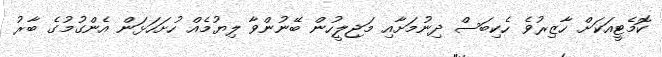
ކޮމެޓީއަކަށް ހާޒިރުވެ ހެކިބަސް ދިނުމަށާއި މަޖިލީހުން ބޭނުންވާ ލިޔުމެއް ހުށަހަޅަން އެންގުމުގެ ބާރު